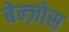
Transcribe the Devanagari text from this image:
बेन्ज़ोस